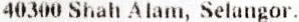
40300 SHAH ALAM, SELANGOR.